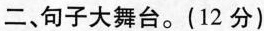
二、句子大舞台。(12分)